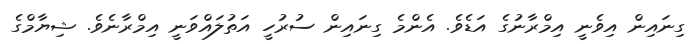
ގިނައިން އިވެނީ އިމްރާނުގެ އަޑެވެ. އެންމެ ގިނައިން ސުރުހީ އަތުލައްވަނީ އިމްރާނެވެ. ޝިޔާމްގެ